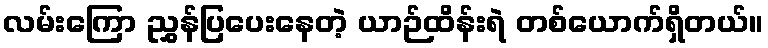
လမ်းကြော ညွှန်ပြပေးနေတဲ့ ယာဉ်ထိန်းရဲ တစ်ယောက်ရှိတယ်။